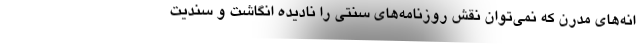
انه‌های مدرن که نمی‌توان نقش روزنامه‌های سنتی را نادیده انگاشت و سندیت